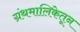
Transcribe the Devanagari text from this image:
ग्रंथमालिकेतून